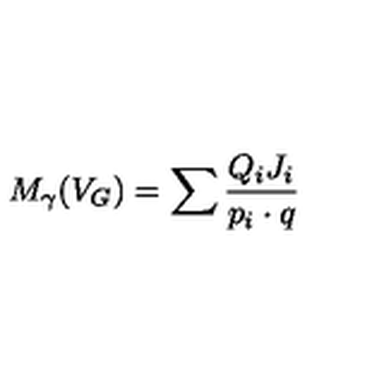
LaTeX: M _ { \gamma } ( V _ { G } ) = \sum \frac { Q _ { i } J _ { i } } { p _ { i } \cdot q }